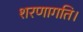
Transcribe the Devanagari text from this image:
शरणागति।